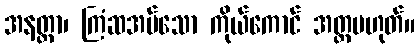
အနတ္တာ၊ ကြံဆအပ်သော ကိုယ်ကောင် အတ္တမဟုတ်။